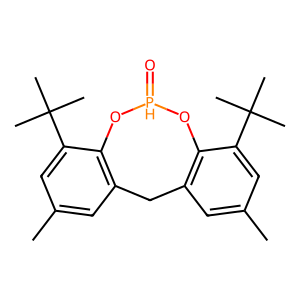
SMILES: Cc1cc2c(c(C(C)(C)C)c1)O[PH](=O)Oc1c(cc(C)cc1C(C)(C)C)C2
Inhibits HIV replication: No